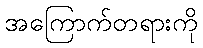
အကြောက်တရားကို